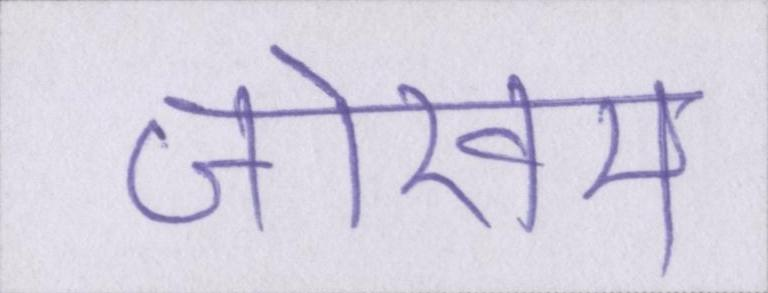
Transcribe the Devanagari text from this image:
जोखम